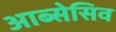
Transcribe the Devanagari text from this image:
आब्सेसिव